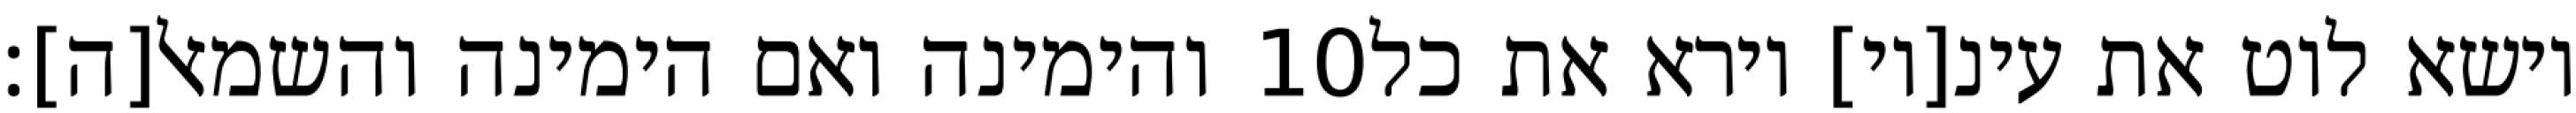
והימינה ואם הימינה והשמאל[ה]׃ ‎10‏ וישא לוט את עינ[יו] וירא את כל